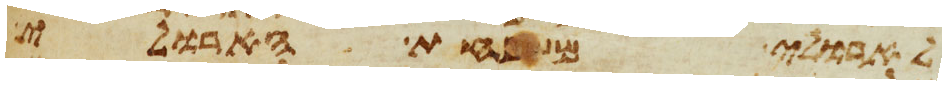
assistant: לארולי משפחת הארולי